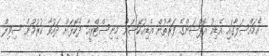
އެމައްސަލާގައި އެޑިއު އޮޕްޝަންގެ ފަރާތުން އެޑިއުކޭޝަން މިނިސްޓްރީއާ ދެކޮޅަށް ދައުވާ ކުރުމުން ސިވިލް